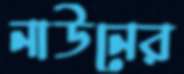
নাউনের